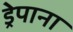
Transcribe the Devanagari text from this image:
ड्रेपाना